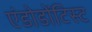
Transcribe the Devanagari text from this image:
एंडोडोंटिस्ट